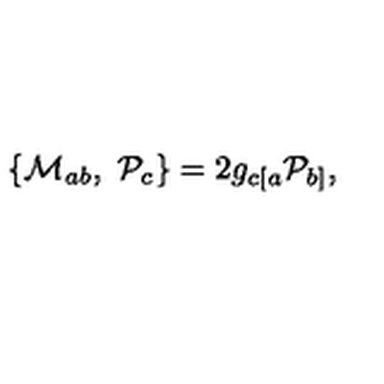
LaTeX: \{ { \cal M } _ { a b } , \ { \cal P } _ { c } \} = 2 g _ { c [ a } { \cal P } _ { b ] } ,